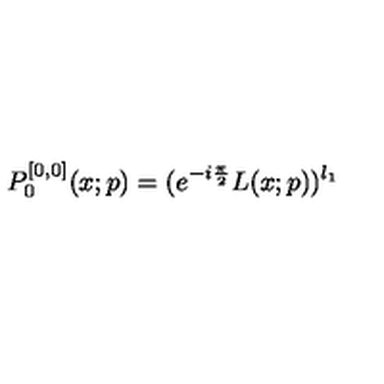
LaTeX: P _ { 0 } ^ { [ 0 , 0 ] } ( x ; p ) = ( e ^ { - i \frac { \pi } { 2 } } L ( x ; p ) ) ^ { l _ { 1 } }